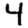
Digit: 4